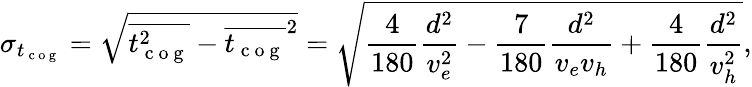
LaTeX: \sigma_{{t_{\mathrm{~c~o~g~}}}}=\sqrt{\overline{{t_{\mathrm{~c~o~g~}}^{2}}}-\overline{{t_{\mathrm{~c~o~g~}}}}^{2}}=\sqrt{\frac{4}{180}\frac{d^{2}}{v_{e}^{2}}-\frac{7}{180}\frac{d^{2}}{v_{e}v_{h}}+\frac{4}{180}\frac{d^{2}}{v_{h}^{2}}},